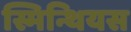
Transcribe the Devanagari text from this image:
स्मिन्थियस